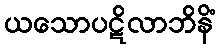
ယသောပဋိလာဘိနိံ